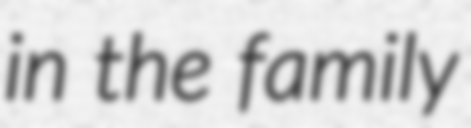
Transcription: in the family